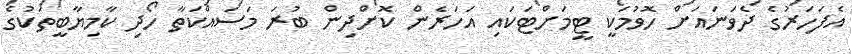
އެފަހަރުގެ ދެވަނައަށް ހޮވުމަކީ ޓީމަށްޓަކައި އަހަރެން ކޮށްދިން ބުރަ މަސައްކަތާ ހޯދި ކާމިޔާބީތަކުގެ